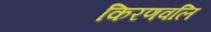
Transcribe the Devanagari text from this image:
किरणवलि